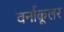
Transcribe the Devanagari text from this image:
वर्नाकूलर